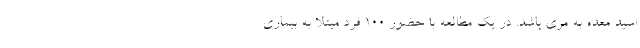
اسید معده به مری باشد. در یک مطالعه با حضور 100 فرد مبتلا به بیماری